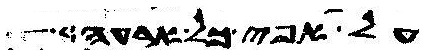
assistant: על אפי כל ארעה